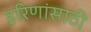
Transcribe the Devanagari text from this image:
हरिणांसाठी